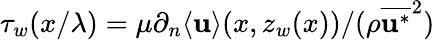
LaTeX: \tau_{w}(x/\lambda)=\mu\partial_{n}\langle\mathbf{u}\rangle(x,z_{w}(x))/(\rho\overline{{{\mathbf{u}^{*}}}}^{2})